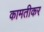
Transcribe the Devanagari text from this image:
कामतीकर